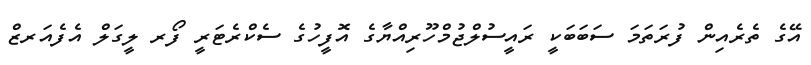
އޭގެ ތެރެއިން ފުރަތަމަ ސަބަބަކީ ރައީސުލްޖުމްހޫރިއްޔާގެ އޮފީހުގެ ސެކްރެޓަރީ ފޯރ ލީގަލް އެފެއަރޒް